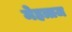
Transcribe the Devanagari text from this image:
मेहत्राज